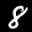
Label: 8